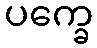
ပက္ခေ